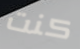
كنت